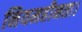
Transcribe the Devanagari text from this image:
नियमहीनता।